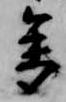
参